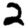
Digit: 2